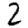
Digit: 2